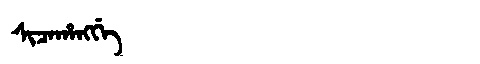
Manchu: ᠰᡳᠴᠠᡥᠠᠩᡤᡝ
Romanization: SICAHANGGE